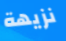
نزيهة